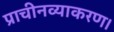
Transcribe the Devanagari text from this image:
प्राचीनव्याकरण।